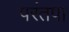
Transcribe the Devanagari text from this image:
परंतपा